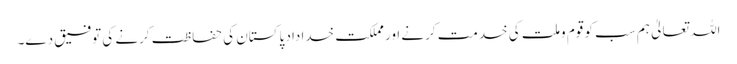
اللہ تعالیٰ ہم سب کو قوم وملت کی خدمت کرنے اور مملکت خداداد پاکستان کی حفاظت کرنے کی توفیق دے۔